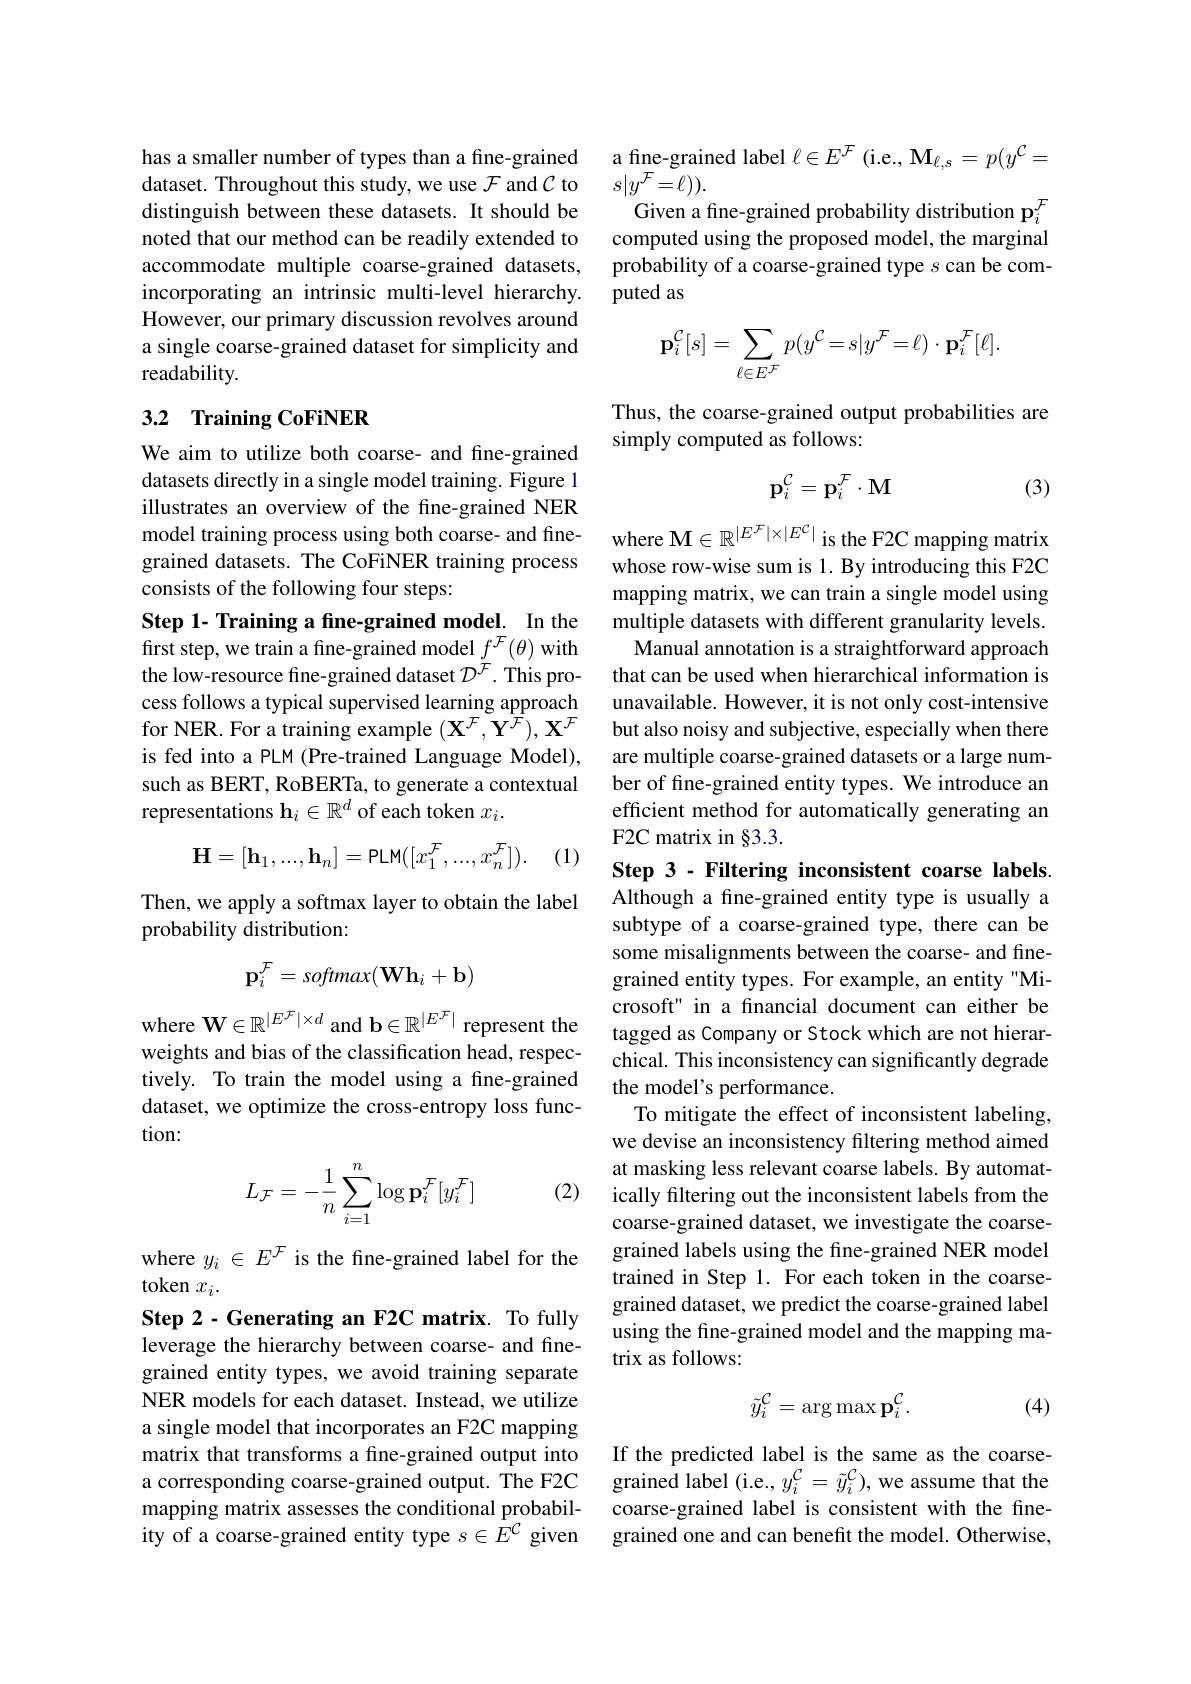
has a smaller number of types than a fine-grained dataset. Throughout this study, we use $\mathcal{F}$ and $\mathcal{C}$ to distinguish between these datasets. It should be noted that our method can be readily extended to accommodate multiple coarse-grained datasets, incorporating an intrinsic multi-level hierarchy. However, our primary discussion revolves around a single coarse-grained dataset for simplicity and readability.

## 3.2 Training CoFiNER

We aim to utilize both coarse- and fine-grained datasets directly in a single model training. Figure 1 illustrates an overview of the fine-grained NER model training process using both coarse- and finegrained datasets. The CoFiNER training process consists of the following four steps:

Step 1- Training a fine-grained model. In the first step, we train a fine-grained model $f^{\mathcal{F}}(\theta)$ with the low-resource fine-grained dataset $D^{\tilde{F}}.$ This process follows a typical supervised learning approach for NER. For a training example $(\mathbf{X}^{\mathcal{F}},\mathbf{Y}^{\mathcal{F}}),\mathbf{X}^{\mathcal{F}}$ is fed into a PLM (Pre-trained Language Model), such as BERT, RoBERTa, to generate a contextual representations $\mathbf{h}_i\in\mathbb{R}^d$ of each token $x_i.$

(1)
$$\mathbf{H}=[\mathbf{h}_1,...,\mathbf{h}_n]=\mathsf{PLM}([x_1^{\mathcal{F}},...,x_n^{\mathcal{F}}]).$$
Then, we apply a softmax layer to obtain the label
probability distribution:
$$\mathbf{p}_i^{\mathcal{F}}=softmax(\mathbf{W}\mathbf{h}_i+\mathbf{b})$$
where $\mathbf{W}\in\mathbb{R}^{|E^{\mathcal{F}}|\times d}$ and b$\in\mathbb{R}^|E^{\mathcal{F}|}$ represent the weights and bias of the classification head, respectively. To train the model using a fine-grained dataset, we optimize the cross-entropy loss function:

(2)
$$L_{\mathcal{F}}=-\dfrac{1}{n}\sum_{i=1}^{n}\log\mathbf{p}_{i}^{\mathcal{F}}[y_{i}^{\mathcal{F}}]$$
where $y_i\in E^{\mathcal{F}}$ is the fine-grained label for the
token $x_i.$
Step 2- Generating an F2C matrix. To fully leverage the hierarchy between coarse- and finegrained entity types, we avoid training separate NER models for each dataset. Instead, we utilize a single model that incorporates an F2C mapping matrix that transforms a fine-grained output into a corresponding coarse-grained output. The F2C mapping matrix assesses the conditional probability of a coarse-grained entity type $s\in{\tilde{E}^{\mathcal{C}}}$ given

a fine-grained label $\ell\in E^\mathcal{F}$ (i.e., M$_\ell,s=p(y^\mathcal{C}=$
$s|y^{\mathcal{F}}=\ell)).$
Given a fine-grained probability distribution p$_i^{\mathcal{F}}$ computed using the proposed model, the marginal probability of a coarse-grained type $s$ can be computed as
$$\mathbf{p}_{i}^{\mathcal{C}}[s]=\sum_{\ell\in E^{\mathcal{F}}}p(y^{\mathcal{C}}=s|y^{\mathcal{F}}=\ell)\cdot\mathbf{p}_{i}^{\mathcal{F}}[\ell].$$
Thus, the coarse-grained output probabilities are
simply computed as follows:
$$\mathbf{p}_i^\mathcal{C}=\mathbf{p}_i^\mathcal{F}\cdot\mathbf{M}$$
(3)

where $\mathbf{M}\in\mathbb{R}^{|E^{\mathcal{F}}|\times|E^{\mathcal{C}}|}$ is the F2C mapping matrix whose row-wise sum is 1. By introducing this F2C mapping matrix, we can train a single model using multiple datasets with different granularity levels. Manual annotation is a straightforward approach that can be used when hierarchical information is unavailable. However, it is not only cost-intensive but also noisy and subjective, especially when there are multiple coarse-grained datasets or a large number of fine-grained entity types. We introduce an efficient method for automatically generating an F2C matrix in §3.3.

Step 3 - Filtering inconsistent coarse labels. Although a fine-grained entity type is usually a subtype of a coarse-grained type, there can be some misalignments between the coarse- and finegrained entity types. For example, an entity"Microsoft" in a financial document can either be tagged as Company or Stock which are not hierarchical. This inconsistency can significantly degrade the model's performance.
To mitigate the effect of inconsistent labeling, we devise an inconsistency filtering method aimed at masking less relevant coarse labels. By automatically filtering out the inconsistent labels from the coarse-grained dataset, we investigate the coarsegrained labels using the fine-grained NER model trained in Step 1. For each token in the coarsegrained dataset, we predict the coarse-grained label using the fine-grained model and the mapping matrix as follows:
$$\tilde{y}_i^\mathcal{C}=\arg\max\mathbf{p}_i^\mathcal{C}.$$
(4)

If the predicted label is the same as the coarsegrained label (i.e., $y_i^{\mathcal{C}}=\tilde{y}_i^{\mathcal{C}})$, we assume that the coarse-grained label is consistent with the finegrained one and can benefit the model. Otherwise,